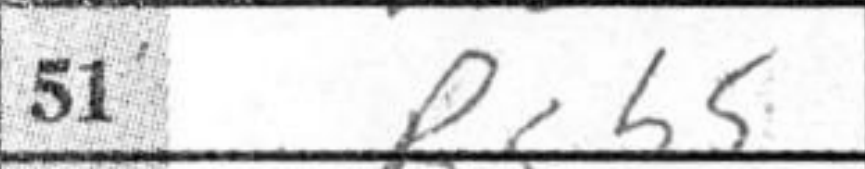
Transcription: Rxb5